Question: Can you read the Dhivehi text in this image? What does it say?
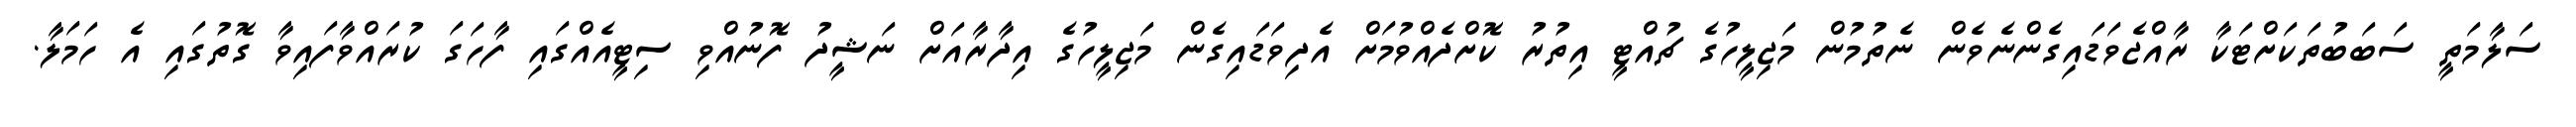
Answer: ސަލާމަތީ ސަބަބުތަކަށްޓަކާ ރާއްޖެވަޑައިގެންނެވެން ނެތުމުން މަޖިލީހުގެ ޗުއްޓީ އިތުރު ކޮށްދެއްވުމަށް އެދިވަޑައިގެން މަޖިލީހުގެ އިދާރާއަށް ނަޝީދު ފޮނުއްވި ސިޓީއެއްގައި ފާހަގަ ކުރައްވާފައިވާ ގޮތުގައި އެ ހަމަލާ.